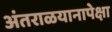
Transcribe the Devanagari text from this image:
अंतराळयानापेक्षा